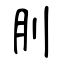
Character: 刖